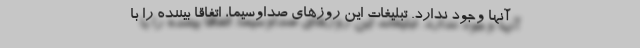
آنها وجود ندارد. تبلیغاتِ این روزهای صداوسیما، اتفاقا بیننده را با